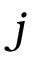
j